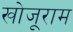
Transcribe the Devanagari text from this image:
खोजूराम